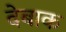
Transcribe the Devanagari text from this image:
देबाक